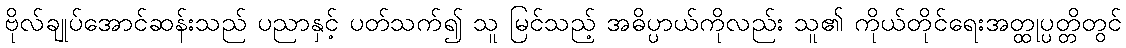
ဗိုလ်ချုပ်အောင်ဆန်းသည် ပညာနှင့် ပတ်သက်၍ သူ မြင်သည့် အဓိပ္ပာယ်ကိုလည်း သူ၏ ကိုယ်တိုင်ရေးအတ္ထုပ္ပတ္တိတွင်